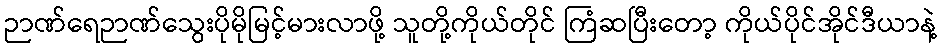
ဉာဏ်ရေဉာဏ်သွေးပိုမိုမြင့်မားလာဖို့ သူတို့ကိုယ်တိုင် ကြံဆပြီးတော့ ကိုယ်ပိုင်အိုင်ဒီယာနဲ့